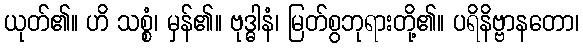
ယုတ်၏။ ဟိ သစ္စံ၊ မှန်၏။ ဗုဒ္ဓါနံ၊ မြတ်စွဘုရားတို့၏။ ပရိနိဗ္ဗာနတော၊